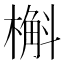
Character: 槲